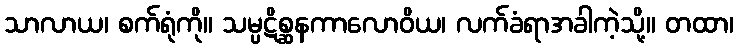
သာလာယ၊ စက်ရုံကို။ သမ္ပဋိစ္ဆနကာလောဝိယ၊ လက်ခံရာအခါကဲ့သို့။ တထာ၊